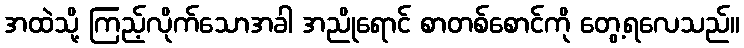
အထဲသို့ ကြည့်လိုက်သောအခါ အညိုရောင် စာတစ်စောင်ကို တွေ့ရလေသည်။